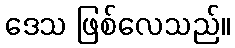
ဒေသ ဖြစ်လေသည်။